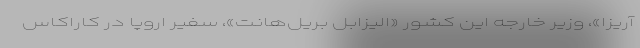
آریزا»، وزیر خارجه این کشور «الیزابل بریل‌هانت»، سفیر اروپا در کاراکاس